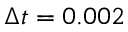
\Delta t = 0 . 0 0 2